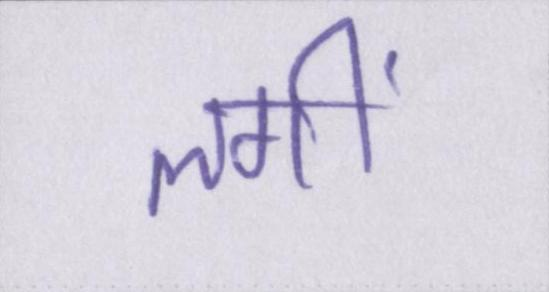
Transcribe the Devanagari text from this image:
लगीं